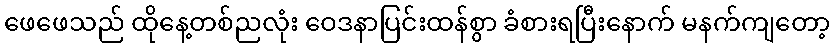
ဖေဖေသည် ထိုနေ့တစ်ညလုံး ဝေဒနာပြင်းထန်စွာ ခံစားရပြီးနောက် မနက်ကျတော့